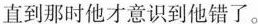
直到那时他才意识到他错了。